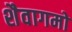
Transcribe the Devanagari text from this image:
शैवागमो